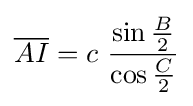
{\overline {AI}}=c\ {\frac {\sin {\frac {B}{2}}}{\cos {\frac {C}{2}}}}